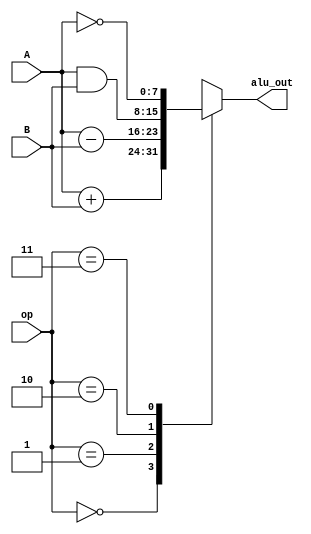
`timescale 1ns/1ns

module ALU(
  input [1:0] op,
  input [7:0] A, B,
  output reg [7:0] alu_out);
  
  always @(op, A, B) begin 
    case(op)
      0: alu_out = A+B;
      1: alu_out = A-B;
      2: alu_out = A&B;
      3: alu_out = ~A; 
    endcase
  end
endmodule